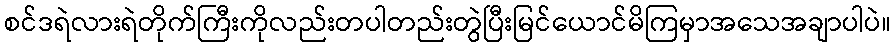
စင်ဒရဲလားရဲတိုက်ကြီးကိုလည်းတပါတည်းတွဲပြီးမြင်ယောင်မိကြမှာအသေအချာပါပဲ။